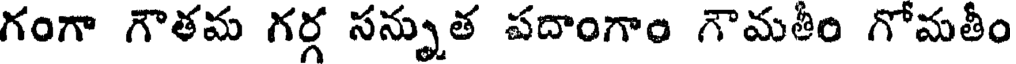
గంగా గౌతమ గర్గ సన్నుత పదాంగాం గౌమతీం గోమతీం